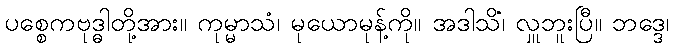
ပစ္စေကဗုဒ္ဓါတို့အား။ ကုမ္မာသံ၊ မုယောမုန့်ကို။ အဒါသိံ၊ လှူဘူးပြီ။ ဘဒ္ဒေ၊